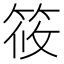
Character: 筱